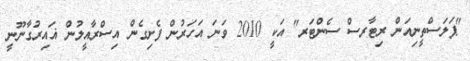
"ޕަލަސްތީނިއަން ރިޓާރސް ސެންޓަރ" އަކީ 2010 ވަނަ އަހަރުން ފެށިގެން އިސްރާއީލުން ޣައިރުގާނޫނީ